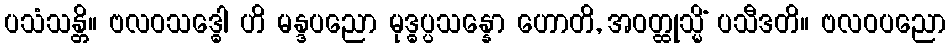
ပသံသန္တိ။ ဗလဝသဒ္ဓေါ ဟိ မန္ဒပညော မုဒ္ဓပ္ပသန္နော ဟောတိ, အဝတ္ထုသ္မိံ ပသီဒတိ။ ဗလဝပညော